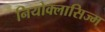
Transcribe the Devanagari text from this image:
नियोक्लासिज्म